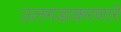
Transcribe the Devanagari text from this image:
उलगडाकरणारे